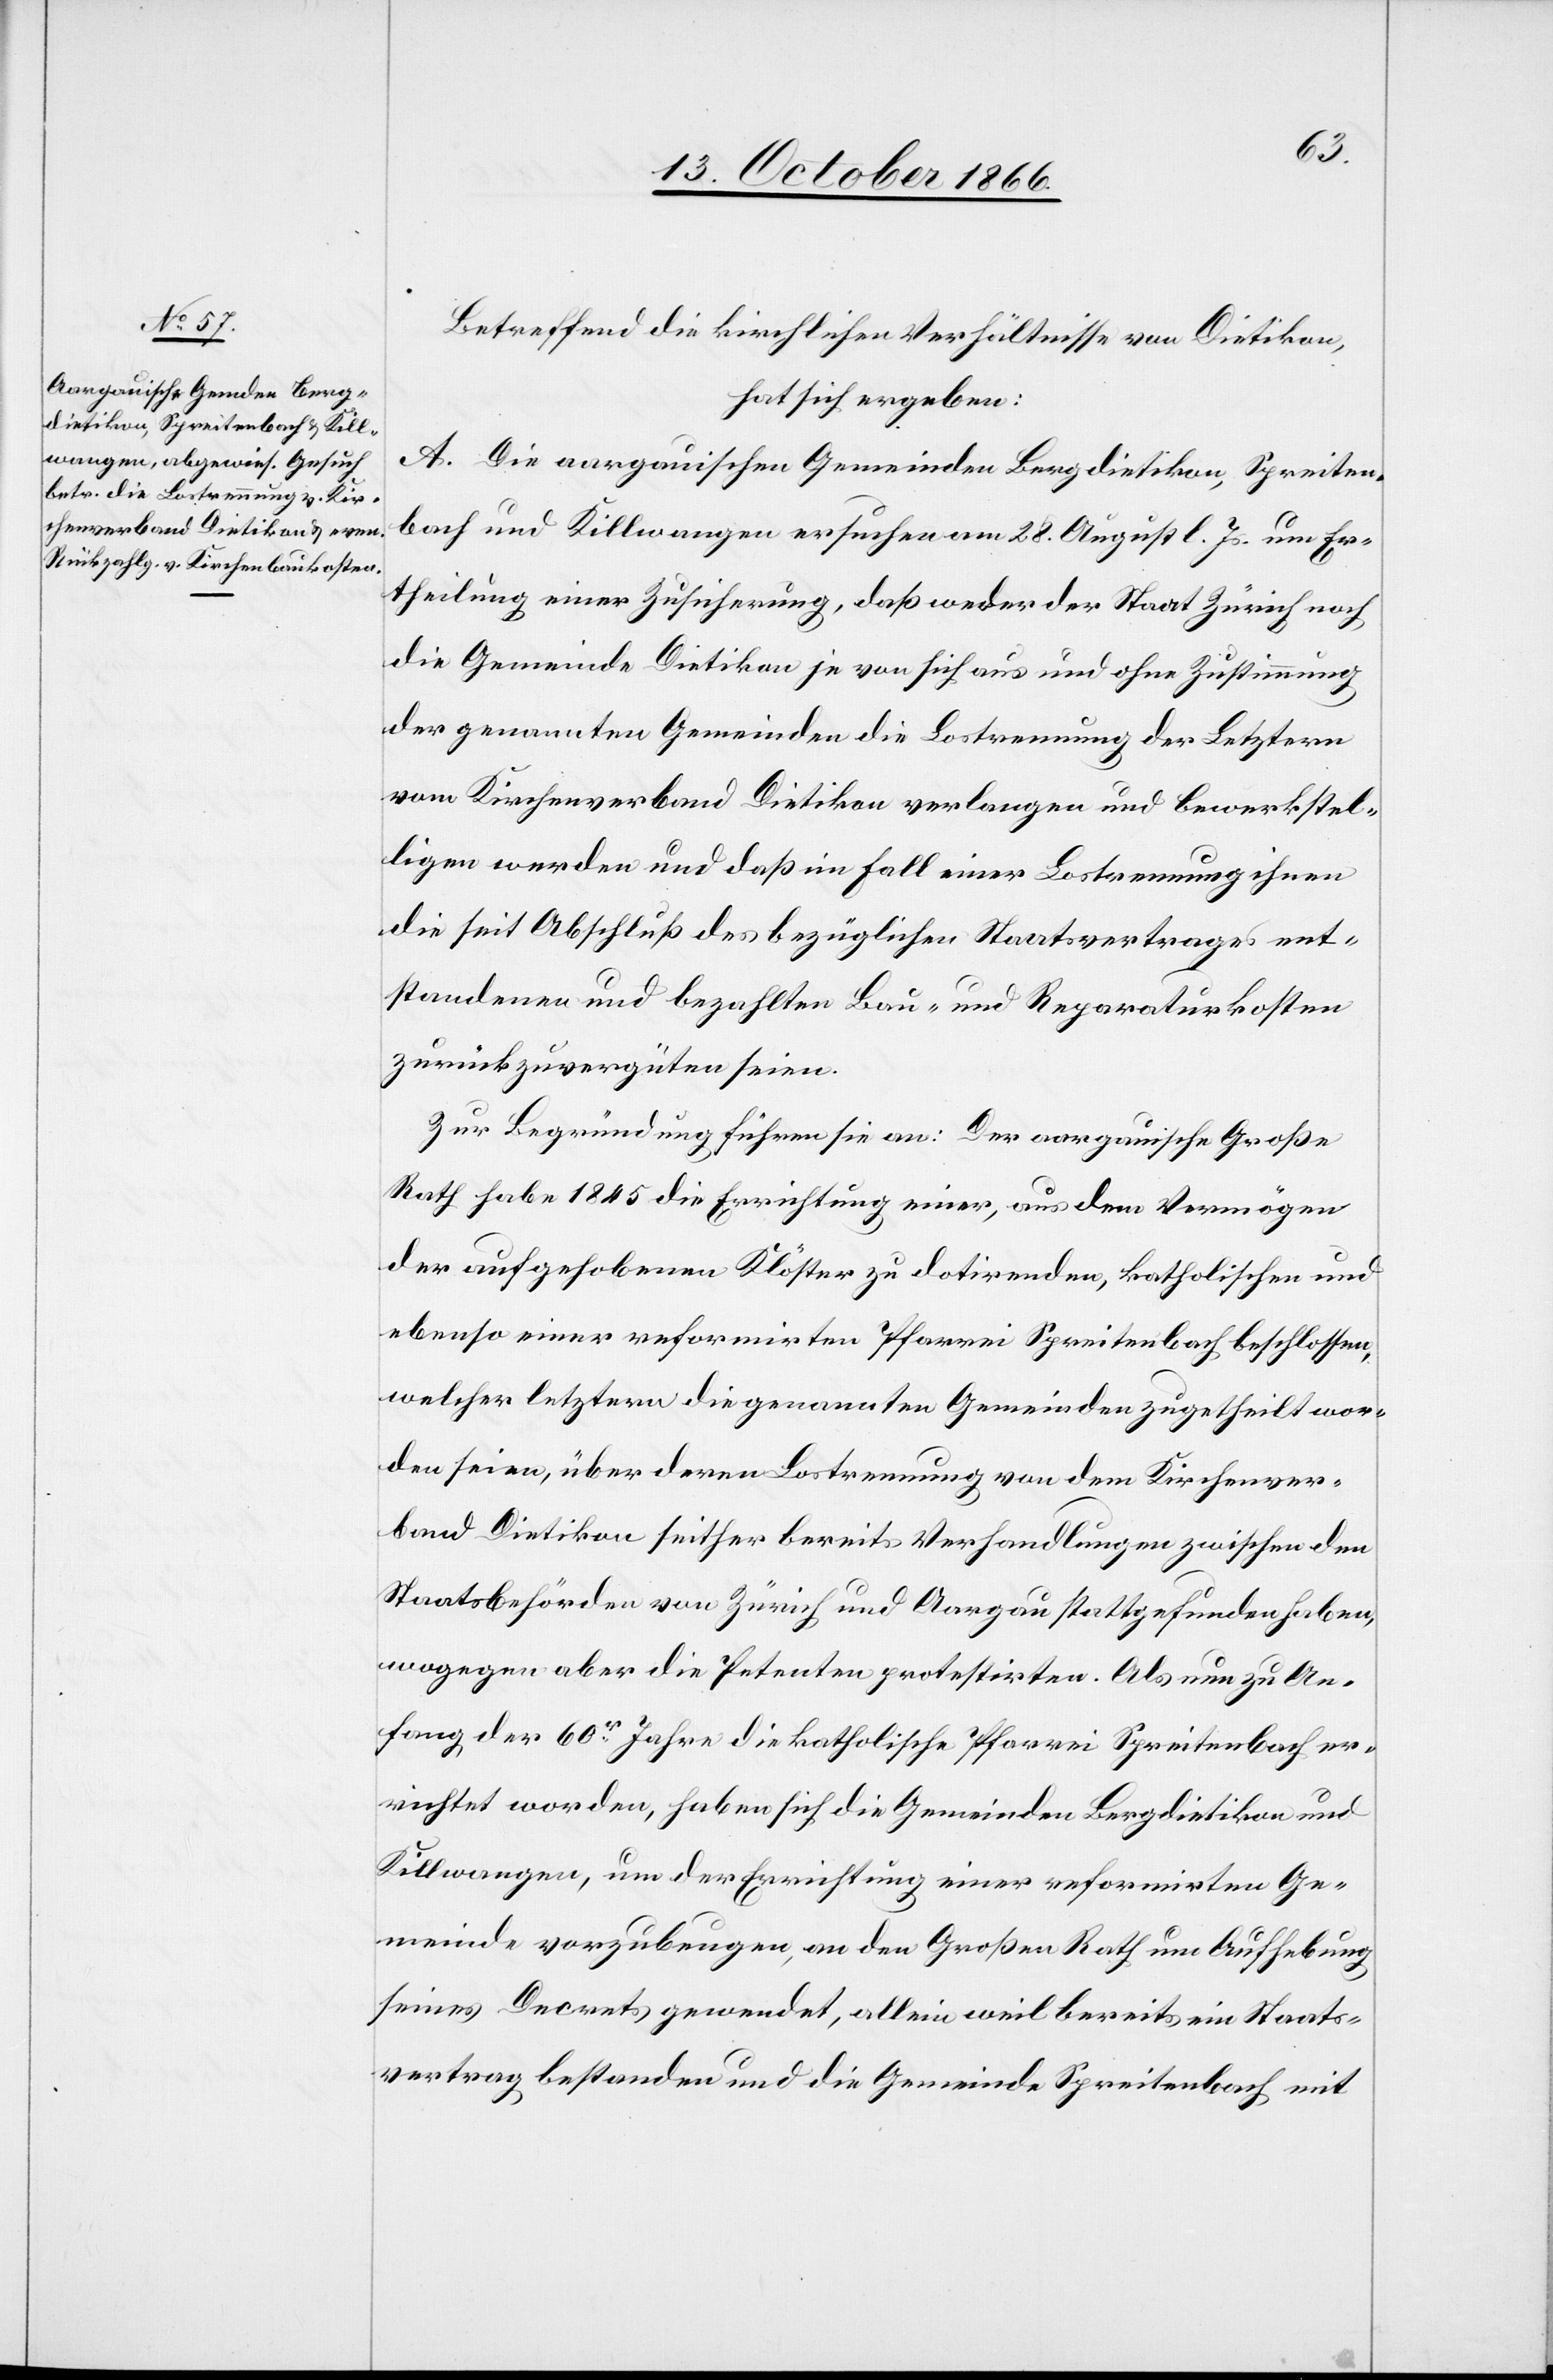
Betreffend die kirchlichen Verhältnisse von Dietikon,
hat sich ergeben:
A. Die aargauischen Gemeinden Bergdietikon, Spreiten¬
bach und Killwangen ersuchen am 28. August l. Js. um Er¬
theilung einer Zusicherung, daß weder der Staat Zürich noch
die Gemeinde Dietikon je von sich aus und ohne Zustimmung
der genannten Gemeinden die Lostrennung der Letztern
vom Kirchenverband Dietikon verlangen und bewerkstel¬
ligen werden und daß im Fall einer Lostrennung ihnen
die seit Abschluß des bezüglichen Staatsvertrages ent¬
standenen und bezahlten Bau- und Reparaturkosten
zurückzuvergüten seien.
Zur Begründung führen sie an: Der aargauische Große
Rath habe 1845 die Errichtung einer, aus dem Vermögen
der aufgehobenen Klöster zu dotirenden, katholischen und
ebenso einer reformirten Pfarrei Spreitenbach beschlossen,
welcher letztern die genannten Gemeinden zugetheilt wor¬
den seien, über deren Lostrennung von dem Kirchenver¬
band Dietikon seither bereits Verhandlungen zwischen den
Staatsbehörden von Zürich und Aargau stattgefunden haben,
wogegen aber die Petenten protestirten. Als nun zu An¬
fang der 60r. Jahre die katholische Pfarrei Spreitenbach er¬
richtet worden, haben sich die Gemeinden Bergdietikon und
Killwangen, um der Errichtung einer reformirten Ge¬
meinde vorzubeugen, an den Großen Rath um Aufhebung
seines Decrets gewendet, allein weil bereits ein Staats¬
vertrag bestanden und die Gemeinde Spreitenbach mit